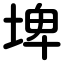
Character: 埤